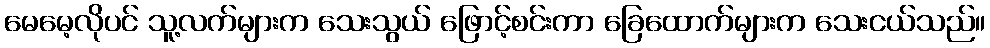
မေမေ့လိုပင် သူ့လက်များက သေးသွယ် ဖြောင့်စင်းကာ ခြေထောက်များက သေးငယ်သည်။